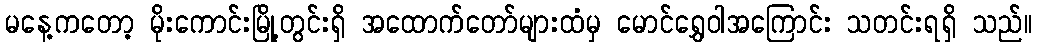
မနေ့ကတော့ မိုးကောင်းမြို့တွင်းရှိ အထောက်တော်များထံမှ မောင်ရွှေဝါအကြောင်း သတင်းရရှိ သည်။